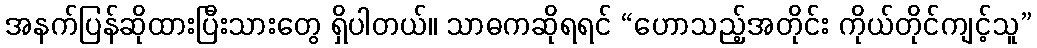
အနက်ပြန်ဆိုထားပြီးသားတွေ ရှိပါတယ်။ သာဓကဆိုရရင် “ဟောသည့်အတိုင်း ကိုယ်တိုင်ကျင့်သူ”